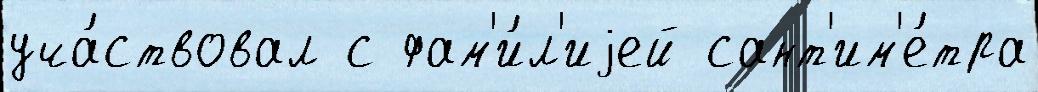
уча́ствовал с фам'и́л'иjей сант'им'е́тра